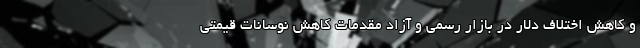
و کاهش اختلاف دلار در بازار رسمی و آزاد مقدمات کاهش نوسانات قیمتی